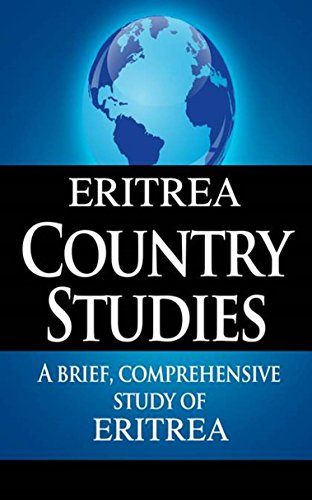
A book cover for ERITREA Country Studies: A brief, comprehensive study of Eritrea; State Department; Travel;